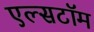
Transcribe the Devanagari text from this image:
एल्सटॉम